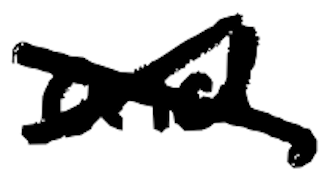
Text: and
Cross-out: cross
Writing tool: digital_black